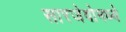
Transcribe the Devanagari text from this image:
सारजेवोमध्ये